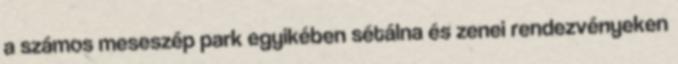
a számos meseszép park egyikében sétálna és zenei rendezvényeken